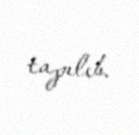
tapılıb.